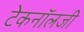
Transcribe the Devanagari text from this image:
टेकनॉलजी